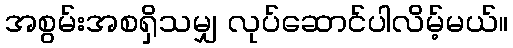
အစွမ်းအစရှိသမျှ လုပ်ဆောင်ပါလိမ့်မယ်။